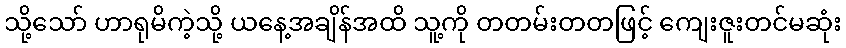
သို့သော် ဟာရုမိကဲ့သို့ ယနေ့အချိန်အထိ သူ့ကို တတမ်းတတဖြင့် ကျေးဇူးတင်မဆုံး